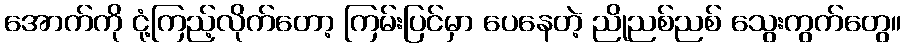
အောက်ကို ငုံ့ကြည့်လိုက်တော့ ကြမ်းပြင်မှာ ပေနေတဲ့ ညိုညစ်ညစ် သွေးကွက်တွေ။